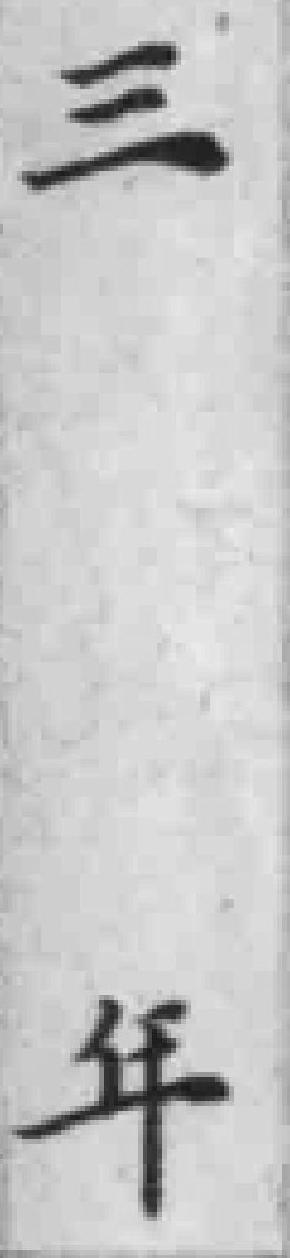
三年